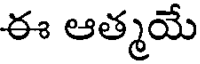
ఈ ఆత్మయే